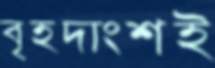
বৃহদাংশই